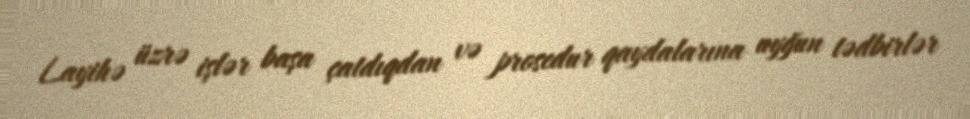
Layihə üzrə işlər başa çatdıqdan və prosedur qaydalarına uyğun tədbirlər